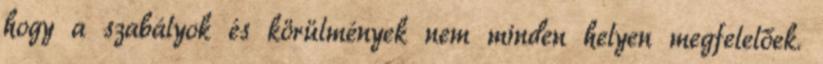
hogy a szabályok és körülmények nem minden helyen megfelelőek.